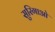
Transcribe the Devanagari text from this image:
सुरिगाओ